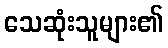
သေဆုံးသူများ၏